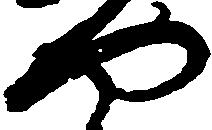
や